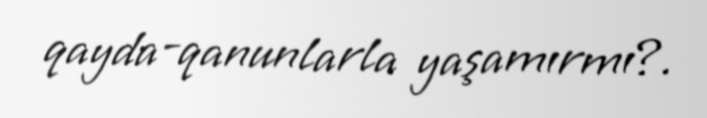
qayda-qanunlarla yaşamırmı?.